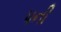
૫ની